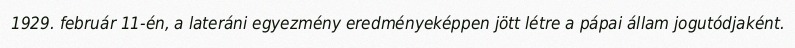
1929. február 11-én, a lateráni egyezmény eredményeképpen jött létre a pápai állam jogutódjaként.